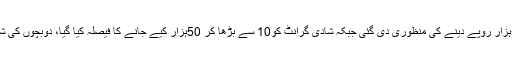
اجلاس میں عید پر شہدائے پولیس کے ورثا کو 5،5ہزار روپے دینے کی منظوری دی گئی جبکہ شادی گرانٹ کو10 سے بڑھا کر 50ہزار کیے جانے کا فیصلہ کیا گیا، دوبچوں کی شادی کی صورت میں 50،50 ہزار دیے جائیں گے۔